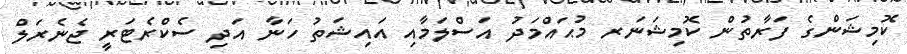
ކޮމިޝަންގެ ފަރާތުން ކޮމިޝަނަރ މުޙައްމަދު އަސްލަމާއި އައިޝަތު ހަނާ އަދި ސެކްރެޓަރީ ޖެނެރަލް